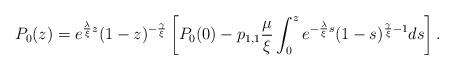
LaTeX: \begin{align*} P_{0}(z) = e^{ \frac{\lambda}{\xi} z} (1-z)^{-\frac{\gamma}{\xi}}\left[ P_{0}(0) - p_{1,1}\frac{\mu}{\xi} \int_{0}^{z}e^{ -\frac{\lambda}{\xi} s} (1-s)^{\frac{\gamma}{\xi} -1}ds \right].\end{align*}